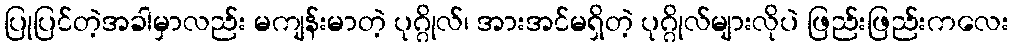
ပြုပြင်တဲ့အခါမှာလည်း မကျန်းမာတဲ့ ပုဂ္ဂိုလ်၊ အားအင်မရှိတဲ့ ပုဂ္ဂိုလ်များလိုပဲ ဖြည်းဖြည်းကလေး